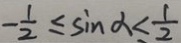
- \frac { 1 } { 2 } \leq \sin \alpha < \frac { 1 } { 2 }